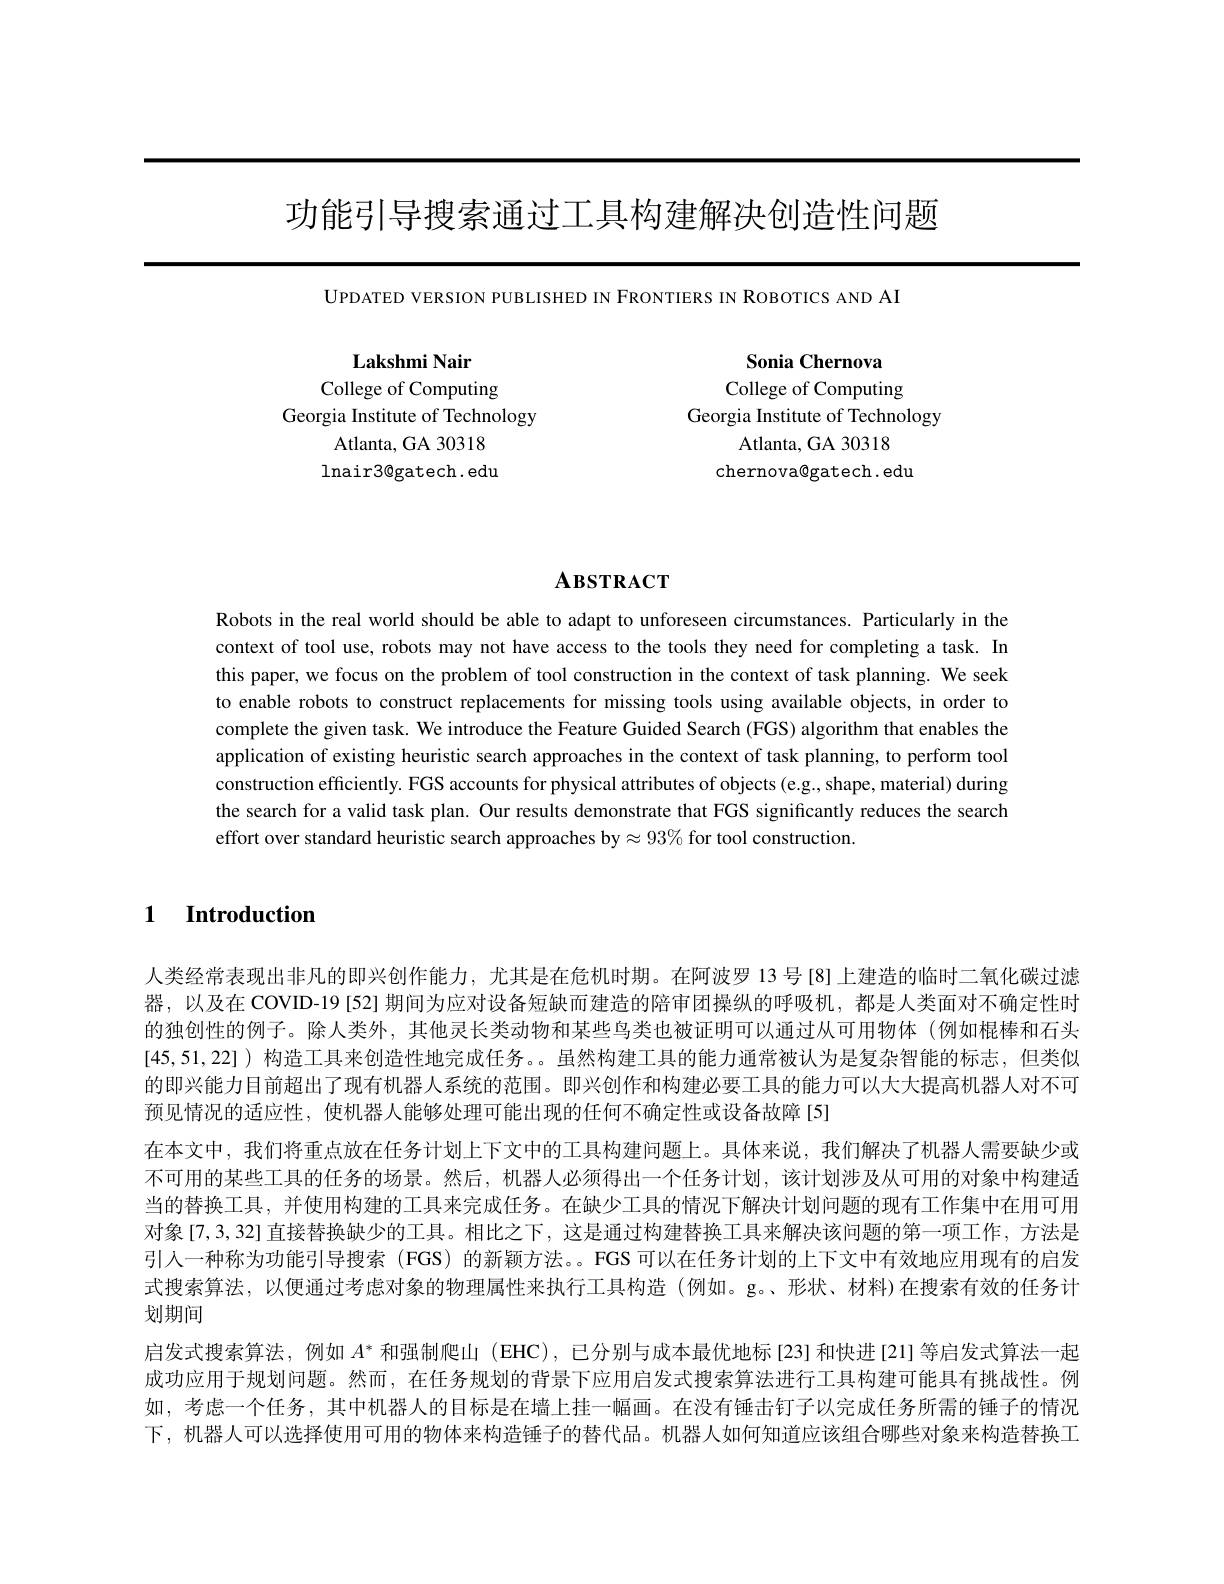
功能引导搜索通过工具构建解决创造性问题

UPDATED VERSION PUBLISHED IN FRONTIERS IN ROBOTICS AND AI

Sonia Chernova
College of Computing
Georgia Institute of Technology
Atlanta, GA 30318
chernova@gatech. edu

$\textbf{Lakshmi Nair}$
College of Computing
Georgia Institute of Technology
Atlanta, GA 30318 lnair3@gatech. edu

# $\mathbf{A}\mathbf{B}\mathbf{S}\mathbf{T}\mathbf{R}\mathbf{A}\mathbf{C}\mathbf{T}$

Robots in the real world should be able to adapt to unforeseen circumstances. Particularly in the context of tool use, robots may not have access to the tools they need for completing a task. In this paper, we focus on the problem of tool construction in the context of task planning. We seek to enable robots to construct replacements for missing tools using available objects, in order to complete the given task. We introduce the Feature Guided Search (FGS) algorithm that enables the application of existing heuristic search approaches in the context of task planning, to perform tool construction efficiently. FGS accounts for physical attributes of objects (e.g., shape, material) during the search for a valid task plan. Our results demonstrate that FGS significantly reduces the search effort over standard heuristic search approaches by$\approx93\%$ for tool construction

1 Introduction

人类经常表现出非凡的即兴创作能力，尤其是在危机时期。在阿波罗 13号[8]上建造的临时二氧化碳过滤器，以及在 COVID-19 [52] 期间为应对设备短缺而建造的陪审团操纵的呼吸机，都是人类面对不确定性时的独创性的例子。除人类外，其他灵长类动物和某些鸟类也被证明可以通过从可用物体 (例如棍棒和石头[45,51,22] )构造工具来创造性地完成任务。。虽然构建工具的能力通常被认为是复杂智能的标志，但类似的即兴能力目前超出了现有机器人系统的范围。即兴创作和构建必要工具的能力可以大大提高机器人对不可预见情况的适应性，使机器人能够处理可能出现的任何不确定性或设备故障[5]
在本文中，我们将重点放在任务计划上下文中的工具构建问题上。具体来说，我们解决了机器人需要缺少或不可用的某些工具的任务的场景。然后，机器人必须得出一个任务计划，该计划涉及从可用的对象中构建适当的替换工具，并使用构建的工具来完成任务。在缺少工具的情况下解决计划问题的现有工作集中在用可用对象[7,3,32] 直接替换缺少的工具。相比之下，这是通过构建替换工具来解决该问题的第一项工作，方法是引人一种称为功能引导搜索(FGS)的新颖方法。。FGS可以在任务计划的上下文中有效地应用现有的启发式搜索算法，以便通过考虑对象的物理属性来执行工具构造 (例如。g。、形状、材料)在搜索有效的任务计划期间
启发式搜索算法，例如$A^*$和强制爬山 (EHC),已分别与成本最优地标[23]和快进[21]等启发式算法一起成功应用于规划问题。然而，在任务规划的背景下应用启发式搜索算法进行工具构建可能具有挑战性。例如，考虑一个任务，其中机器人的目标是在墙上挂一幅画。在没有锤击钉子以完成任务所需的锤子的情况下，机器人可以选择使用可用的物体来构造锤子的替代品。机器人如何知道应该组合哪些对象来构造替换工